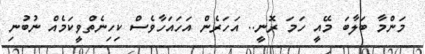
މަންމާ ބަލާބަ މޭއީ ހަމަ ރޮނީ.. އަހަރެން އަހައަހާވެސް ކިހިނެތްވީކަމެއް ނުބުނި